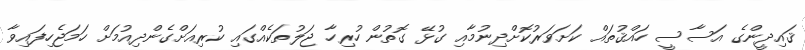
ޤައިދީންގެ އަސާސީ ހައްޤުތައް ކަށަވަރުކޮށްދިނުމާއި ގުޅޭ ގޮތުން ހުރިހާ ޖަލުތަކެއްގައި ކުރިއަށްގެންދިއުމަށް ހަމަޖެހިފައިވާ